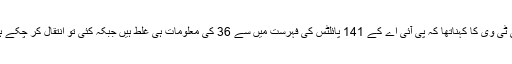
نجی ٹی وی کا کہناتھا کہ پی آئی اے کے 141 پائلٹس کی فہرست میں سے 36 کی معلومات ہی غلط ہیں جبکہ کئی تو انتقال کر چکے ہیں ۔